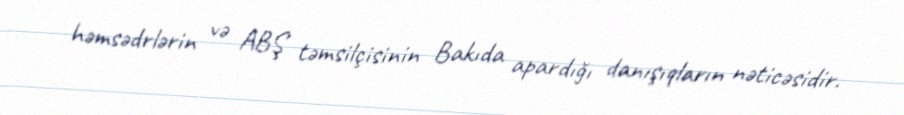
həmsədrlərin və ABŞ təmsilçisinin Bakıda apardığı danışıqların nəticəsidir.